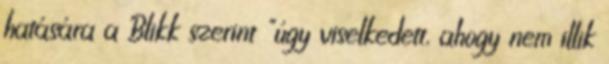
hatására a Blikk szerint "úgy viselkedett, ahogy nem illik